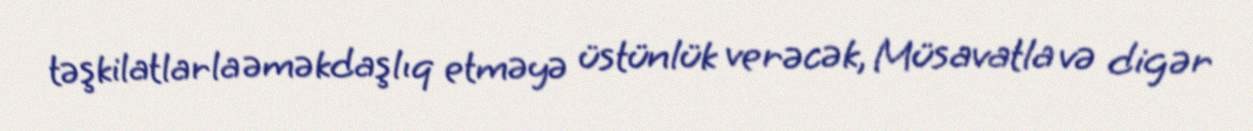
təşkilatlarla əməkdaşlıq etməyə üstünlük verəcək, Müsavatla və digər